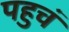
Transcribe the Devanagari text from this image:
पहुचं